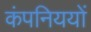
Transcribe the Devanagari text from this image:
कंपनिययों